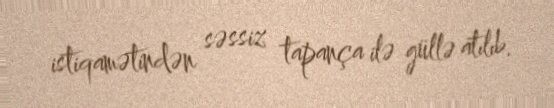
istiqamətindən səssiz tapança ilə güllə atılıb.